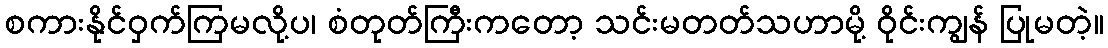
စကားနိုင်ဝှက်ကြမလို့ပ၊ စံတုတ်ကြီးကတော့ သင်းမတတ်သဟာမို့ ဝိုင်းကျွန် ပြုမတဲ့။